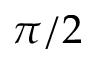
\pi / 2